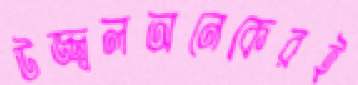
উজ্জ্বলঅনেকেরই